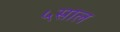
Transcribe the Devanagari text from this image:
५साल